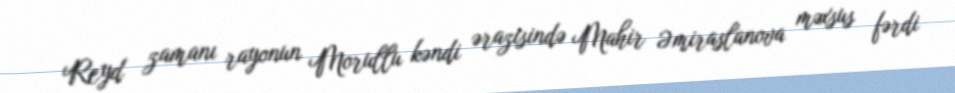
Reyd zamanı rayonun Morullu kəndi ərazisində Mahir Əmiraslanova məxsus fərdi